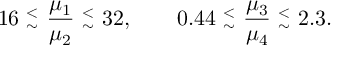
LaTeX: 1 6 ~ { ^ < _ { \sim } } ~ { \frac { \mu _ { 1 } } { \mu _ { 2 } } } ~ { ^ < _ { \sim } } ~ 3 2 , \qquad 0 . 4 4 ~ { ^ < _ { \sim } } ~ { \frac { \mu _ { 3 } } { \mu _ { 4 } } } ~ { ^ < _ { \sim } } ~ 2 . 3 .